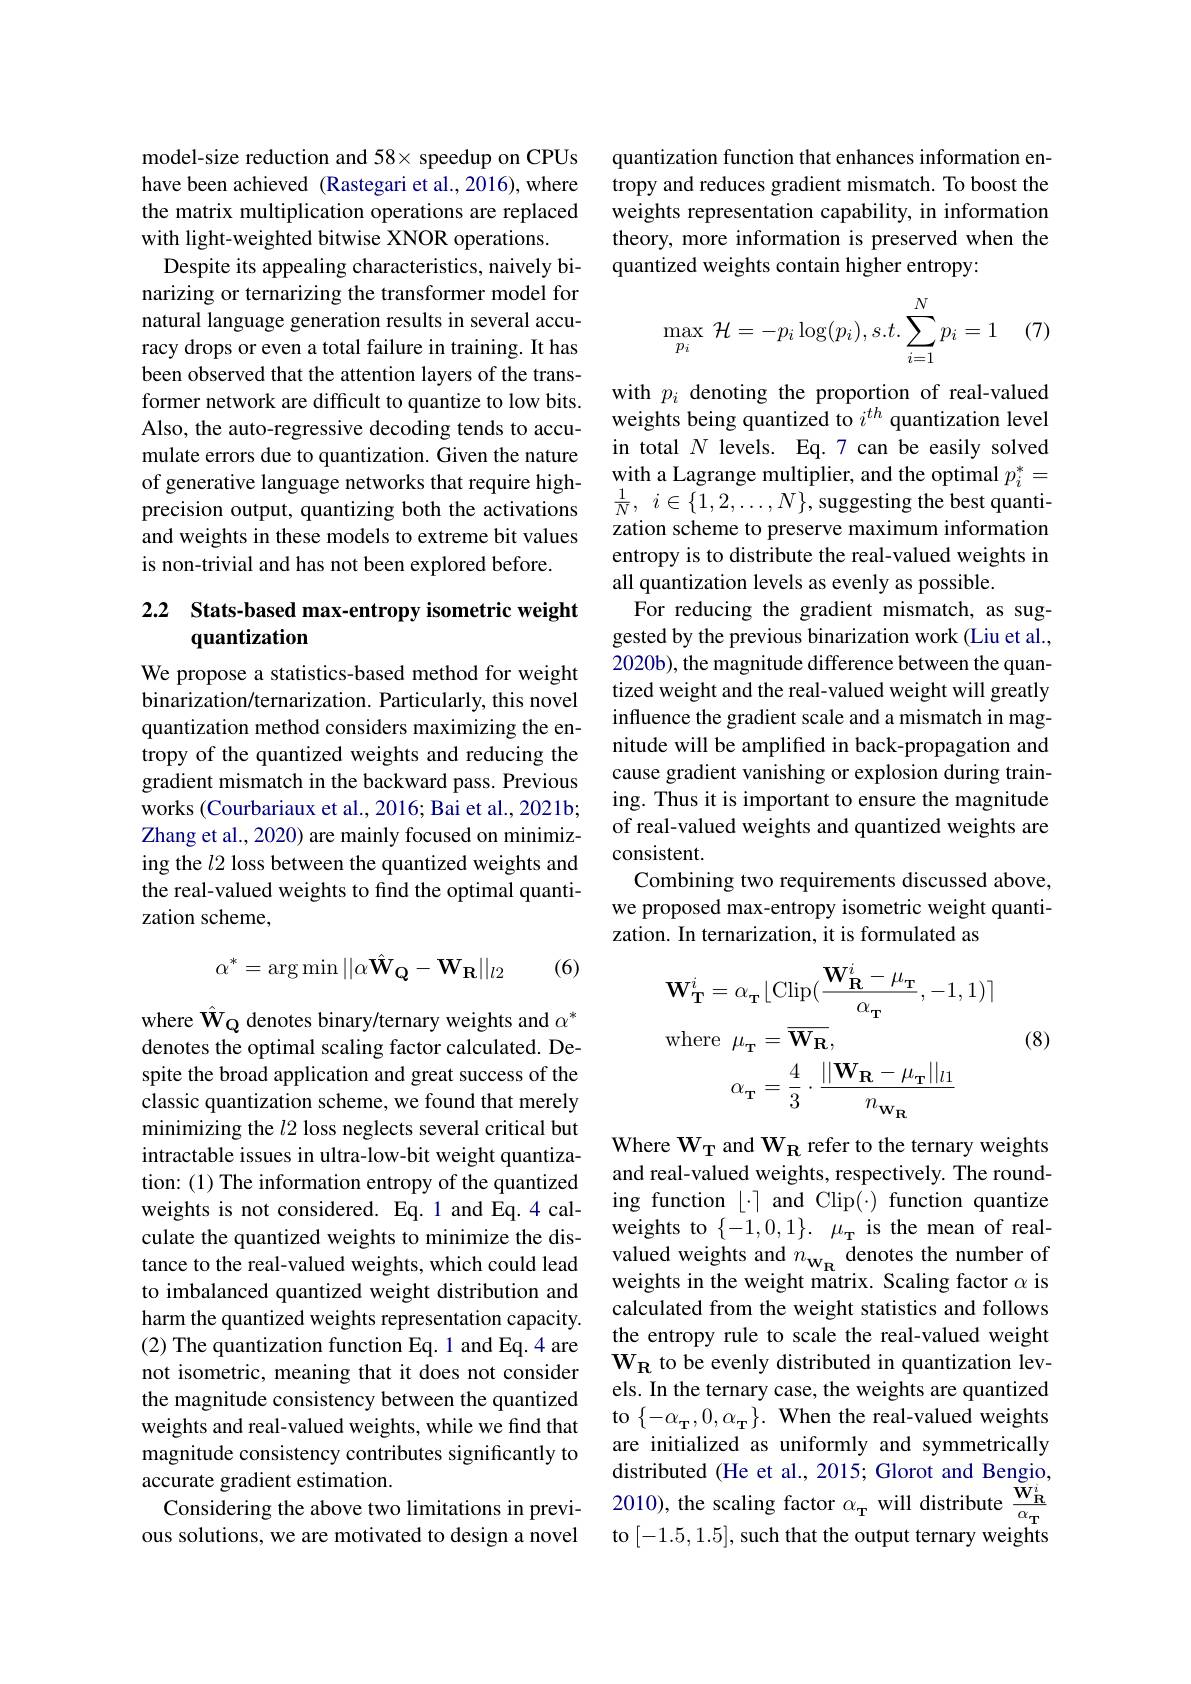
model-size reduction and 58× speedup on CPUs have been achieved (Rastegari et al., 2016), where the matrix multiplication operations are replaced with light-weighted bitwise XNOR operations.
Despite its appealing characteristics, naively binarizing or ternarizing the transformer model for natural language generation results in several accuracy drops or even a total failure in training. It has been observed that the attention layers of the transformer network are difficult to quantize to low bits. Also, the auto-regressive decoding tends to accumulate errors due to quantization. Given the nature of generative language networks that require highprecision output, quantizing both the activations and weights in these models to extreme bit values is non-trivial and has not been explored before.

## 2.2 Stats-based max-entropy isometric weight quantization

We propose a statistics-based method for weight binarization/ternarization. Particularly, this novel quantization method considers maximizing the entropy of the quantized weights and reducing the gradient mismatch in the backward pass. Previous works (Courbariaux et al., 2016; Bai et al., 2021b; Zhang et al., 2020) are mainly focused on minimizing the $l2$ loss between the quantized weights and the real-valued weights to find the optimal quantization scheme,
$$\alpha^*=\arg\min\|\alpha\hat{\mathbf{W}}_{\mathbf{Q}}-\mathbf{W}_{\mathbf{R}}\|_{l2}$$
(6)

where $\hat{\mathbf{W}}_{\mathbf{Q}}$ denotes binary/ternary weights and $\alpha^*$ denotes the optimal scaling factor calculated. Despite the broad application and great success of the classic quantization scheme, we found that merely minimizing the $l2$ loss neglects several critical but intractable issues in ultra-low-bit weight quantization: (1) The information entropy of the quantized weights is not considered. Eq.1 and Eq.4 calculate the quantized weights to minimize the distance to the real-valued weights, which could lead to imbalanced quantized weight distribution and harm the quantized weights representation capacity. (2) The quantization function Eq. 1 and Eq. 4 are not isometric, meaning that it does not consider the magnitude consistency between the quantized weights and real-valued weights, while we find that magnitude consistency contributes significantly to accurate gradient estimation.
Considering the above two limitations in previous solutions, we are motivated to design a novel

quantization function that enhances information entropy and reduces gradient mismatch. To boost the weights representation capability, in information theory, more information is preserved when the quantized weights contain higher entropy:

(7)
$$\max\limits_{p_i}\:\mathcal{H}=-p_i\log(p_i),s.t.\sum\limits_{i=1}^Np_i=1$$
with $p_i$ denoting the proportion of real-valued weights being quantized to $i^{th}$ quantization level in total $N$ levels. Eq.7 can be easily solved with a Lagrange multiplier, and the optimal $p_i^*=$ $\frac 1N$, $i\in \{ 1, 2, \ldots , N\} $,suggesting the best quantization scheme to preserve maximum information entropy is to distribute the real-valued weights in all quantization levels as evenly as possible.
For reducing the gradient mismatch, as suggested by the previous binarization work (Liu et al., 2020b), the magnitude difference between the quantized weight and the real-valued weight will greatly influence the gradient scale and a mismatch in magnitude will be amplified in back-propagation and cause gradient vanishing or explosion during training. Thus it is important to ensure the magnitude of real-valued weights and quantized weights are consistent.
Combining two requirements discussed above, we proposed max-entropy isometric weight quantization. In ternarization, it is formulated as
$$\begin{aligned}&\mathbf{W}_{\mathbf{T}}^{i}=\alpha_{\mathbf{T}}\lfloor\mathrm{Clip}(\frac{\mathbf{W}_{\mathbf{R}}^{i}-\mu_{\mathbf{T}}}{\alpha_{\mathbf{T}}},-1,1)\rceil\\&\mathrm{where}\:\mu_{\mathbf{T}}=\overline{{\mathbf{W}_{\mathbf{R}}}},\\&\alpha_{\mathbf{T}}=\frac{4}{3}\cdot\frac{||\mathbf{W_{R}}-\mu_{\mathbf{T}}||_{l1}}{n_{\mathbf{W_{R}}}}\end{aligned}$$
(8)

Where $\mathbf{W_{T}}$ and $\mathbf{W_R}$ refer to the ternary weights and real-valued weights, respectively. The rounding function $\lfloor\cdot\rceil$ and Clip(·) function quantize weights to $\{ - 1, 0, 1\} .$ $\mu _{\mathrm{T} }$ is the mean of realvalued weights and $n_\mathbf{W_R}$ denotes the number of weights in the weight matrix. Scaling factor $\alpha$ is calculated from the weight statistics and follows the entropy rule to scale the real-valued weight $\mathbf{W_R}$ to be evenly distributed in quantization levels. In the ternary case, the weights are quantized to $\{-\alpha_{\mathbf{T}},0,\alpha_{\mathbf{T}}\}.$ When the real-valued weights are initialized as uniformly and symmetrically distributed (He et al., 2015; Glorot and Bengio, 2010), the scaling factor $\alpha_\mathrm{T}$ will distribute $\frac{\tilde{\mathbf{W}}_\mathrm{R}^i}{\alpha_\mathrm{T}}$ to [-1.5,1.5], such that the output ternary weights